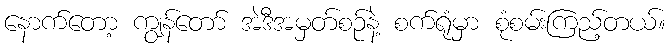
နောက်တော့ ကျွန်တော် အဲဒီအမှတ်စဉ်နဲ့ စက်ရုံမှာ စုံစမ်းကြည့်တယ်။